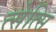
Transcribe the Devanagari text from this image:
त्सेत्सि